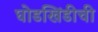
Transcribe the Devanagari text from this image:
घोडखिंडीची